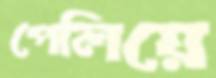
পেলিয়ে